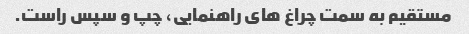
مستقیم به سمت چراغ های راهنمایی، چپ و سپس راست.